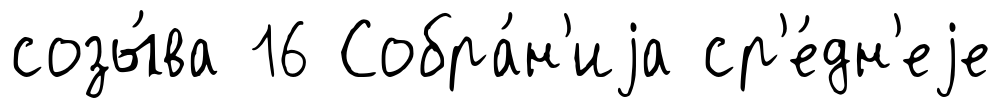
созы́ва 16 Собра́н'иjа ср'е́дн'еjе